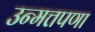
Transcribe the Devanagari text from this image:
उन्मत्तपणा